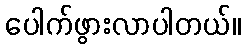
ပေါက်ဖွားလာပါတယ်။